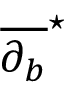
{ \overline { { \partial _ { b } } } } ^ { \star }